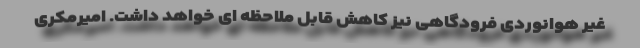
غیر هوانوردی فرودگاهی نیز کاهش قابل ملاحظه ای خواهد داشت. امیرمکری